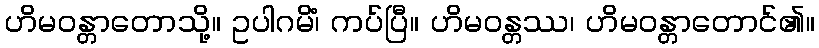
ဟိမဝန္တာတောသို့။ ဥပါဂမိံ၊ ကပ်ပြီ။ ဟိမဝန္တဿ၊ ဟိမဝန္တာတောင်၏။